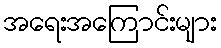
အရေးအကြောင်းများ